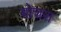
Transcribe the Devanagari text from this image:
बोचरा